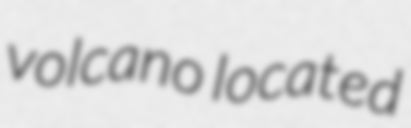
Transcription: volcano located